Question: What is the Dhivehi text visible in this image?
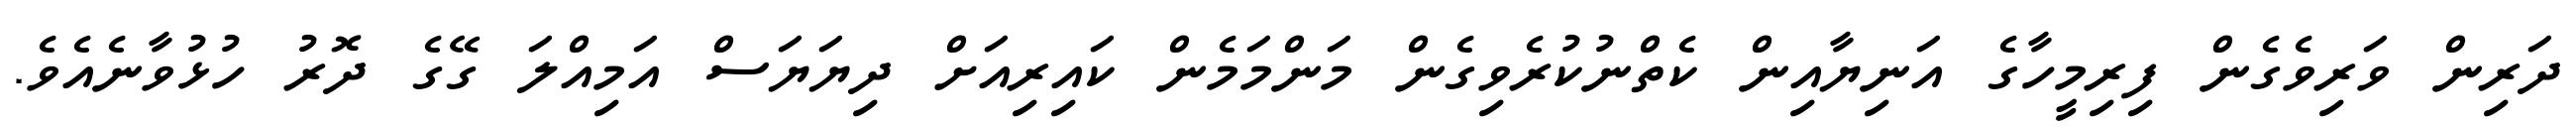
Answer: ދަރިން ވަރިވެގެން ފިރިމީހާގެ އަނިޔާއިން ކެތްނުކުރެވިގެން މަންމަމެން ކައިރިއަށް ދިޔަޔަސް އަމިއްލަ ގޭގެ ދޮރު ހުޅުވާނެއެވެ.